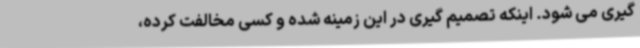
گیری می شود. اینکه تصمیم گیری در این زمینه شده و کسی مخالفت کرده،